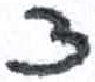
אות: צ